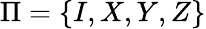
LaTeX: \Pi=\left\{ I,X,Y,Z\right\}